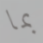
بما